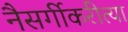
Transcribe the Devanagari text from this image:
नैसर्गीकरीत्या